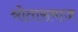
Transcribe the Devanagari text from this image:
श्रोतासमाज